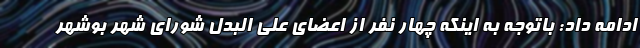
ادامه داد: باتوجه به اینکه چهار نفر از اعضای علی البدل شورای شهر بوشهر